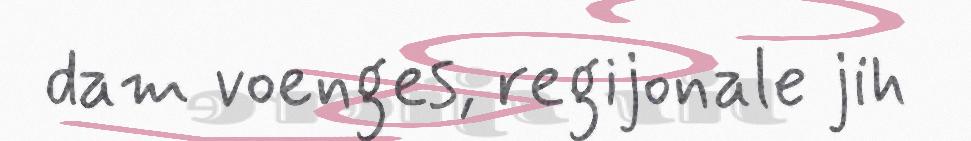
dam voenges, regijonale jih